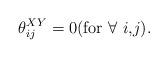
LaTeX: \begin{align*} \theta^{XY}_{ij} = 0 \textrm{(for $\forall$ $i$,$j$)}. \end{align*}